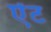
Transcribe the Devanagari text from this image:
ऐंट